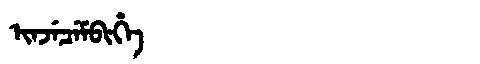
Manchu: ᡳᠨᠵᡝᠴᡝᠮᠪᡳᡥᡝ
Romanization: INJECEMBIHE